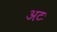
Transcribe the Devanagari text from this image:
अटः